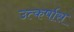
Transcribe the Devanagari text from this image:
उत्कर्षास